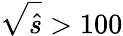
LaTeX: \sqrt{\hat{s}}>100